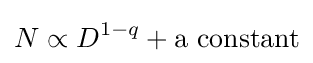
N\propto D^{1-q}+{\text{a constant}}